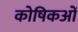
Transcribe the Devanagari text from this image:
कोषिकओं